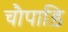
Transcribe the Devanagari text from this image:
चौपाड़ि